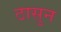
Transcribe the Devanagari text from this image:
ठासुन